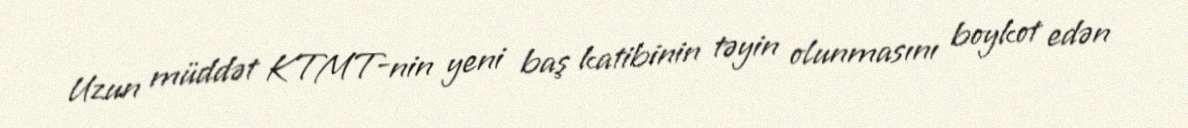
Uzun müddət KTMT-nin yeni baş katibinin təyin olunmasını boykot edən